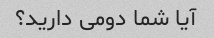
آیا شما دومی دارید؟